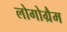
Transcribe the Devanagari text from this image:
लोगोग्रैम